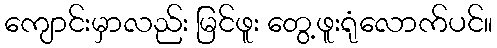
ကျောင်းမှာလည်း မြင်ဖူး တွေ့ဖူးရုံလောက်ပင်။